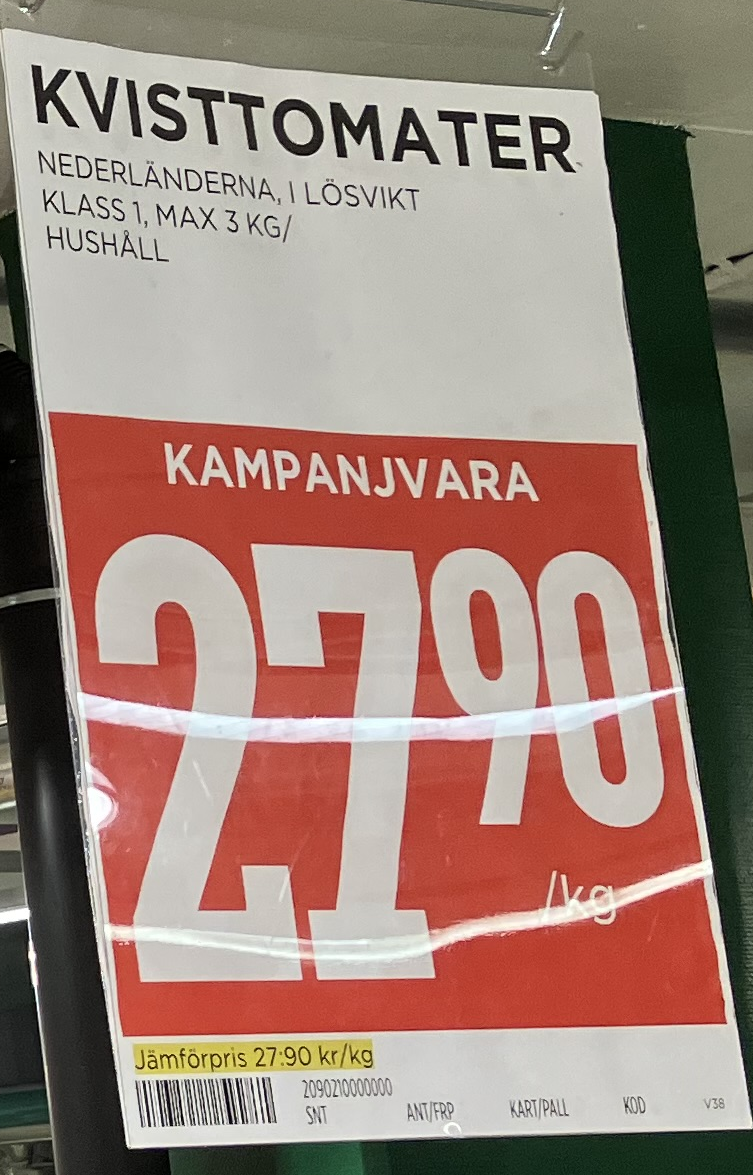
Vara: Kvisttomater
Genomsnittspris: 27.9 per kg